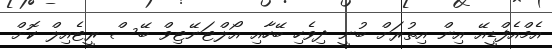
އެމްއެފްޑީއޭ އިން އިތުރަށް ބުނީ ދިވެހި ބޭހާއި އޯލްޓަނޭޓިވް ބޭސް ރީޓެއިލް ކޮށް